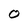
Character: 0